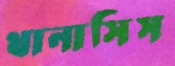
থানাসিস